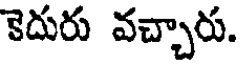
కెదురు వచ్చారు.